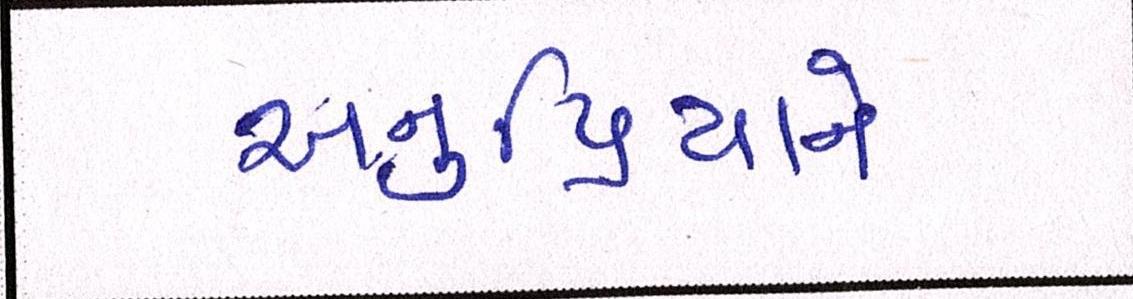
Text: અનુપ્રિયાને